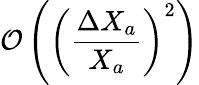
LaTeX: \mathcal O\left(\left(\frac{\Delta X_{a}}{X_{a}}\right)^{2}\right)